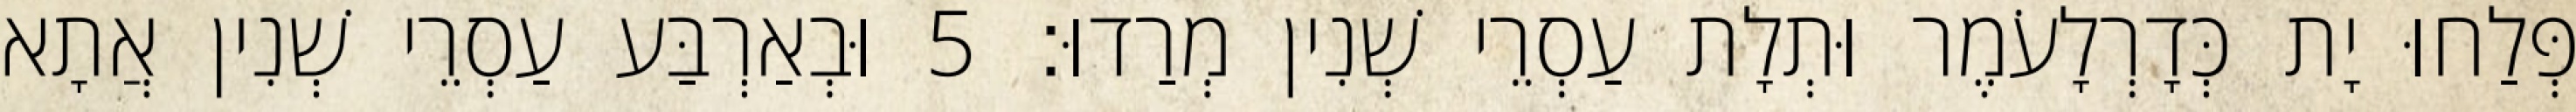
פְּלַחוּ יָת כְּדָרְלָעֹמֶר וּתְלָת עַסְרֵי שְׁנִין מְרַדוּ׃ 5 וּבְאַרְבַּע עַסְרֵי שְׁנִין אֲתָא